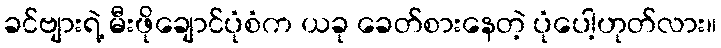
ခင်ဗျားရဲ့ မီးဖိုချောင်ပုံစံက ယခု ခေတ်စားနေတဲ့ ပုံပေါ့ဟုတ်လား။